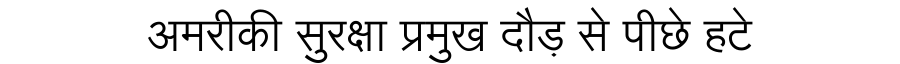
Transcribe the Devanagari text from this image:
अमरीकी सुरक्षा प्रमुख दौड़ से पीछे हटे